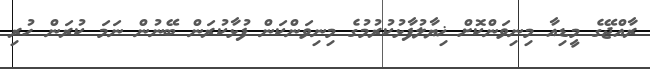
ރާއްޖޭގެ މީޑިއާ މިނިވަންކޮށް ޚިޔާލުފާޅުކުރުމުގެ މިނިވަންކަން ފުޅާކުރަން ބޭނުން ނަމަ ކުރަން ހުރި